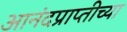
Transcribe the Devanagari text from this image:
आनंदप्राप्तीच्या